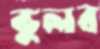
ভুলব